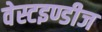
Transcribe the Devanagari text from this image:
वेस्टइण्डीज